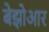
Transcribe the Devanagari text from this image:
बेझोआर